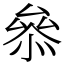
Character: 叅